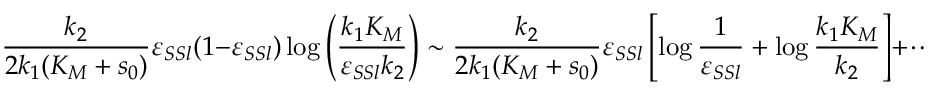
\frac { k _ { 2 } } { 2 k _ { 1 } ( K _ { M } + s _ { 0 } ) } \varepsilon _ { S S l } ( 1 - \varepsilon _ { S S l } ) \log \left( \frac { k _ { 1 } K _ { M } } { \varepsilon _ { S S l } k _ { 2 } } \right) \sim \frac { k _ { 2 } } { 2 k _ { 1 } ( K _ { M } + s _ { 0 } ) } \varepsilon _ { S S l } \left[ \log \frac { 1 } { \varepsilon _ { S S l } } + \log \frac { k _ { 1 } K _ { M } } { k _ { 2 } } \right] + \cdots